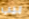
بيب